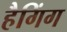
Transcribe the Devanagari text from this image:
हैगिंग